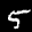
Label: 5